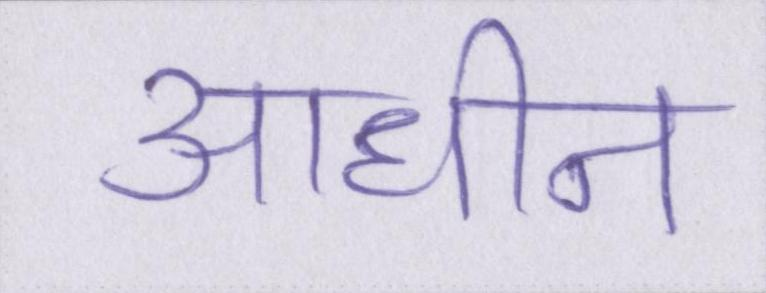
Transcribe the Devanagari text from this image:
आधीन